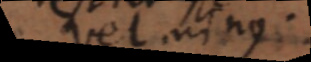
vel minus.